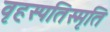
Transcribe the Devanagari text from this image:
वृहस्पतिस्मृति